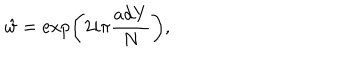
\hat { w } = \exp \left( 2 i \pi { \frac { \mathrm { a d } Y } { N } } \right) ,